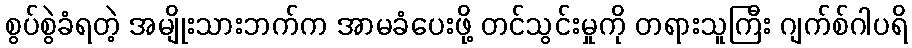
စွပ်စွဲခံရတဲ့ အမျိုးသားဘက်က အာမခံပေးဖို့ တင်သွင်းမှုကို တရားသူကြီး ဂျက်စ်ဂါပရိ